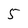
Character: 5